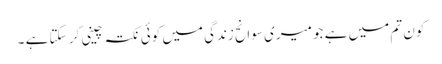
کون تم میں ہے جو میری سوانح زندگی میں کوئی نکتہ چینی کر سکتا ہے ۔